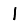
Digit: 1